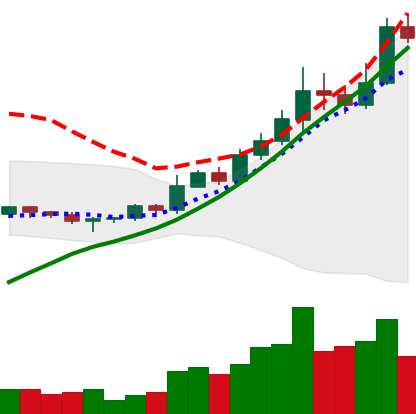
Ticker: BNB-USD
Chart end date: 2022-11-05
Forward return: -12.934%
Label: down_7plus